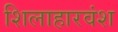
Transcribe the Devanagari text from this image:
शिलाहारवंश